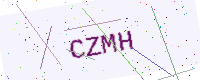
Text: CZMH